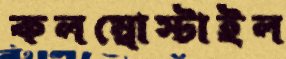
কলম্বোস্টাইল